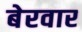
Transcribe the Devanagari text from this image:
बेरवार